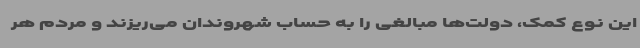
این نوع کمک، دولت‌ها مبالغی را به حساب شهروندان می‌ریزند و مردم هر